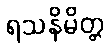
ရသနိမိတ္တ